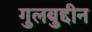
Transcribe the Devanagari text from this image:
गुलबुद्दीन